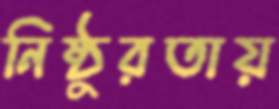
নিষ্ঠুরতায়